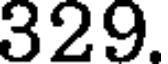
329.